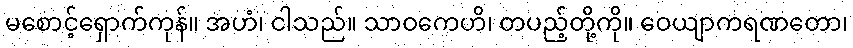
မစောင့်ရှောက်ကုန်။ အဟံ၊ ငါသည်။ သာဝကေဟိ၊ တပည့်တို့ကို။ ဝေယျာကရဏတော၊